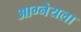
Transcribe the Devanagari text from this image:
आग्नेयला